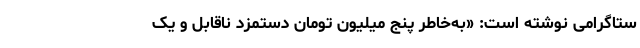
ستاگرامی نوشته است: «به‌خاطر پنج میلیون تومان دستمزد ناقابل و یک